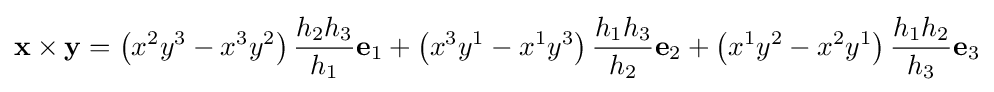
\mathbf {x} \times \mathbf {y} =\left(x^{2}y^{3}-x^{3}y^{2}\right){\frac {h_{2}h_{3}}{h_{1}}}\mathbf {e} _{1}+\left(x^{3}y^{1}-x^{1}y^{3}\right){\frac {h_{1}h_{3}}{h_{2}}}\mathbf {e} _{2}+\left(x^{1}y^{2}-x^{2}y^{1}\right){\frac {h_{1}h_{2}}{h_{3}}}\mathbf {e} _{3}